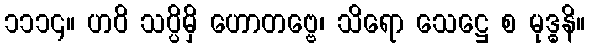
၁၁၁၄။ ဟဝိ သပ္ပိမှိ ဟောတဗ္ဗေ၊ သိရော သေဋ္ဌေ စ မုဒ္ဓနိ။